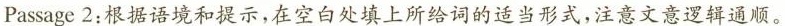
Passage 2:根据语境和提示,在空白处填上所给词的适当形式,注意文意逻辑通顺.